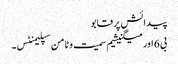
پیدائش پر قابو
بی 6 اور میگنیشیم سمیت وٹامن سپلیمنٹس۔